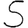
Digit: 5